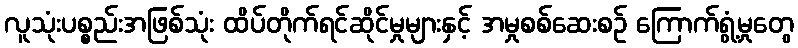
လူသုံးပစ္စည်းအဖြစ်သုံး ထိပ်တိုက်ရင်ဆိုင်မှုများနှင့် အမှုစစ်ဆေးစဉ် ကြောက်ရွံ့မှုတွေ